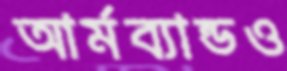
আর্মব্যান্ডও